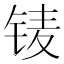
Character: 鿏